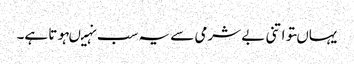
یہاںتو اتنی بے شرمی سے یہ سب نہیںہوتا ہے۔